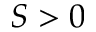
S > 0